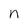
Character: n